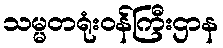
သမ္မတရုံးဝန်ကြီးဌာန